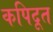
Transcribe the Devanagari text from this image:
कपिदूत